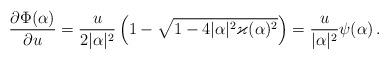
LaTeX: \begin{align*} \frac{\partial \Phi(\alpha)}{\partial u}=\frac{u}{2|\alpha|^2} \left( 1-\sqrt{1-4|\alpha|^2\varkappa(\alpha)^2} \right)=\frac{u}{|\alpha|^2} \psi(\alpha) \,.\end{align*}